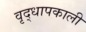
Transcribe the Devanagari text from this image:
वृद्धापकाली